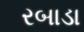
રબાડા